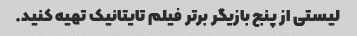
لیستی از پنج بازیگر برتر فیلم تایتانیک تهیه کنید.